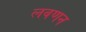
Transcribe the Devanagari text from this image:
लवणन